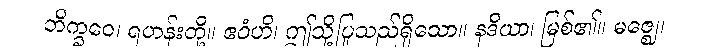
ဘိက္ခဝေ၊ ရဟန်းတို့။ ဧဝံဟိ၊ ဤသို့ပြုသည်ရှိသော။ နဒိယာ၊ မြစ်၏။ မဇ္ဈေ၊